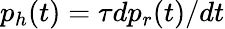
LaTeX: p_{h}(t)=\tau dp_{r}(t)/dt